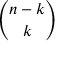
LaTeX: \binom { n - k } { k }